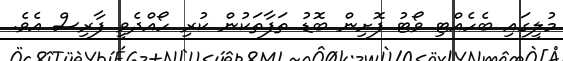
މުލީގައި ބެހެއްޓި ވޯޓު ފޮށިން ބޮޑު ތަފާތަކުން ކުރި ހޯއްދެވީ ފާރިސް އެވެ.